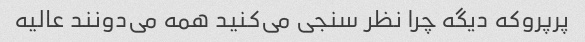
پرپروکه دیگه چرا نظر سنجی می‌کنید همه می‌دونند عالیه